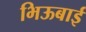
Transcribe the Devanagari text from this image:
भिऊबाई